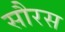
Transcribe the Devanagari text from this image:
सौरस